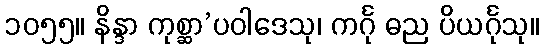
၁၀၅၅။ နိန္ဒာ ကုစ္ဆာ’ပဝါဒေသု၊ ကင်္ဂု ဓည ပိယင်္ဂုသု။